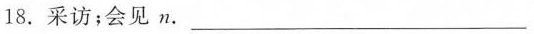
18. 采访；会见 n. ___